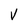
Character: V